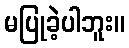
မပြုခဲ့ပါဘူး။